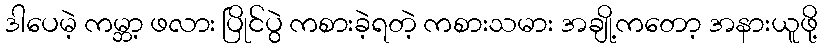
ဒါပေမဲ့ ကမ္ဘာ့ ဖလား ပြိုင်ပွဲ ကစားခဲ့ရတဲ့ ကစားသမား အချို့ကတော့ အနားယူဖို့